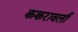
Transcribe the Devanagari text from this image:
ककरावली